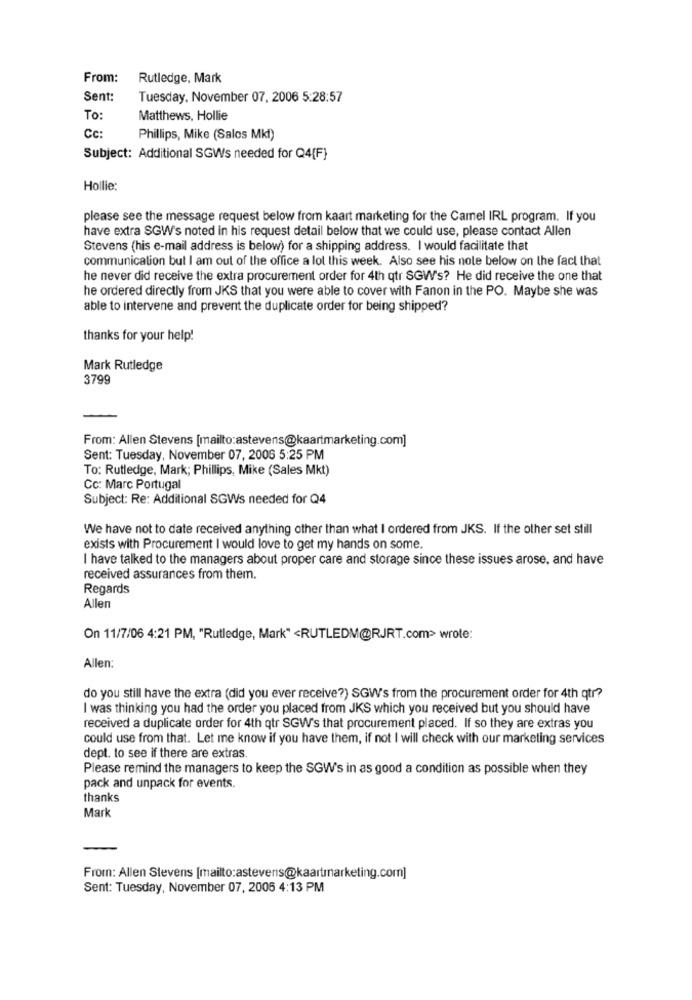
From:
Rutledge, Mark
Sent:
Tuesday, November 07, 2006 5:28:57
To:
Matthews, Hollie
Cc
Phillips, Mike (Salos Mkt)
Subject: Additional SGWs needed for Q4(F}
Hollie:
please see the message request below from kaart marketing for the Camel IRL program. If you
have extra SGW's noted in his request detail below that we could use, please contact Allen
Stevens (his e-mail address is below) for a shipping address. I would facilitate that
communication but I am out of the office a lot this week. Also see his note below on the fact that
he never did receive the extra procurement order for 4th qtr SGW's? He did receive the one that
he ordered directly from JKS that you were able to cover with Fanon in the PO. Maybe she was
able to intervene and prevent the duplicate order for being shipped?
thanks for your help!
Mark Rutledge
3799
From: Allen Stevens [mailto:astevens@kaartmarketing.com]
Sent: Tuesday, November 07, 2006 5:25 PM
To: Rutledge, Mark; Phillips, Mike (Sales Mkt)
Cc: Marc Portugal
Subject: Re: Additional SGWs needed for Q4
We have not to date received anything other than what I ordered from JKS. If the other set still
exists with Procurement I would love to get my hands on some.
I have talked to the managers about proper care and storage since these issues arose, and have
received assurances from them.
Regards
Allen
On 11/7/06 4:21 PM, "Rutledge, Mark" <RUTLEDM@RJRT.com> wrote:
Allen:
do you still have the extra (did you ever receive?) SGW's from the procurement order for 4th qtr?
I was thinking you had the order you placed from JKS which you received but you should have
received a duplicate order for 4th qtr SGW's that procurement placed. If so they are extras you
could use from that. Let me know if you have them, if not I will check with our marketing services
dept. to see if there are extras.
Please remind the managers to keep the SGW's in as good a condition as possible when they
pack and unpack for events.
thanks
Mark
From: Allen Stevens [mailto:astevens@kaartmarketing.com]
Sent: Tuesday, November 07, 2005 4:13 PM